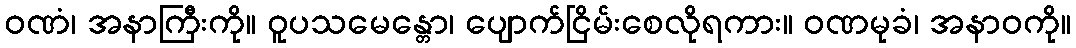
ဝဏံ၊ အနာကြီးကို။ ဝူပသမေန္တော၊ ပျောက်ငြိမ်းစေလိုရကား။ ဝဏမုခံ၊ အနာဝကို။